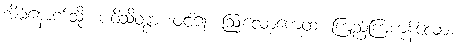
အိမ်နောက်သို့။ ပဝိသိတွာ၊ ဝင်၍။ ဩလောကေထ၊ ကြည့်ကြကုန်လော့။